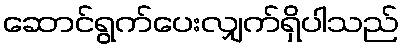
ဆောင်ရွက်ပေးလျှက်ရှိပါသည်